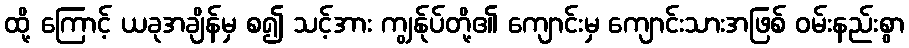
ထို့ ကြောင့် ယခုအချိန်မှ စ၍ သင့်အား ကျွန်ုပ်တို့၏ ကျောင်းမှ ကျောင်းသားအဖြစ် ဝမ်းနည်းစွာ